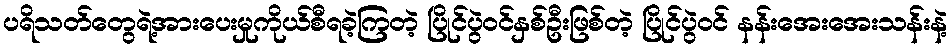
ပရိသတ်တွေရဲ့အားပေးမှုကိုယ်စီရခဲ့ကြတဲ့ ပြိုင်ပွဲဝင်နှစ်ဦးဖြစ်တဲ့ ပြိုင်ပွဲဝင် နန်းအေးအေးသန်းနဲ့